Tartu_pedagoogiumi_aruanded, lk 75
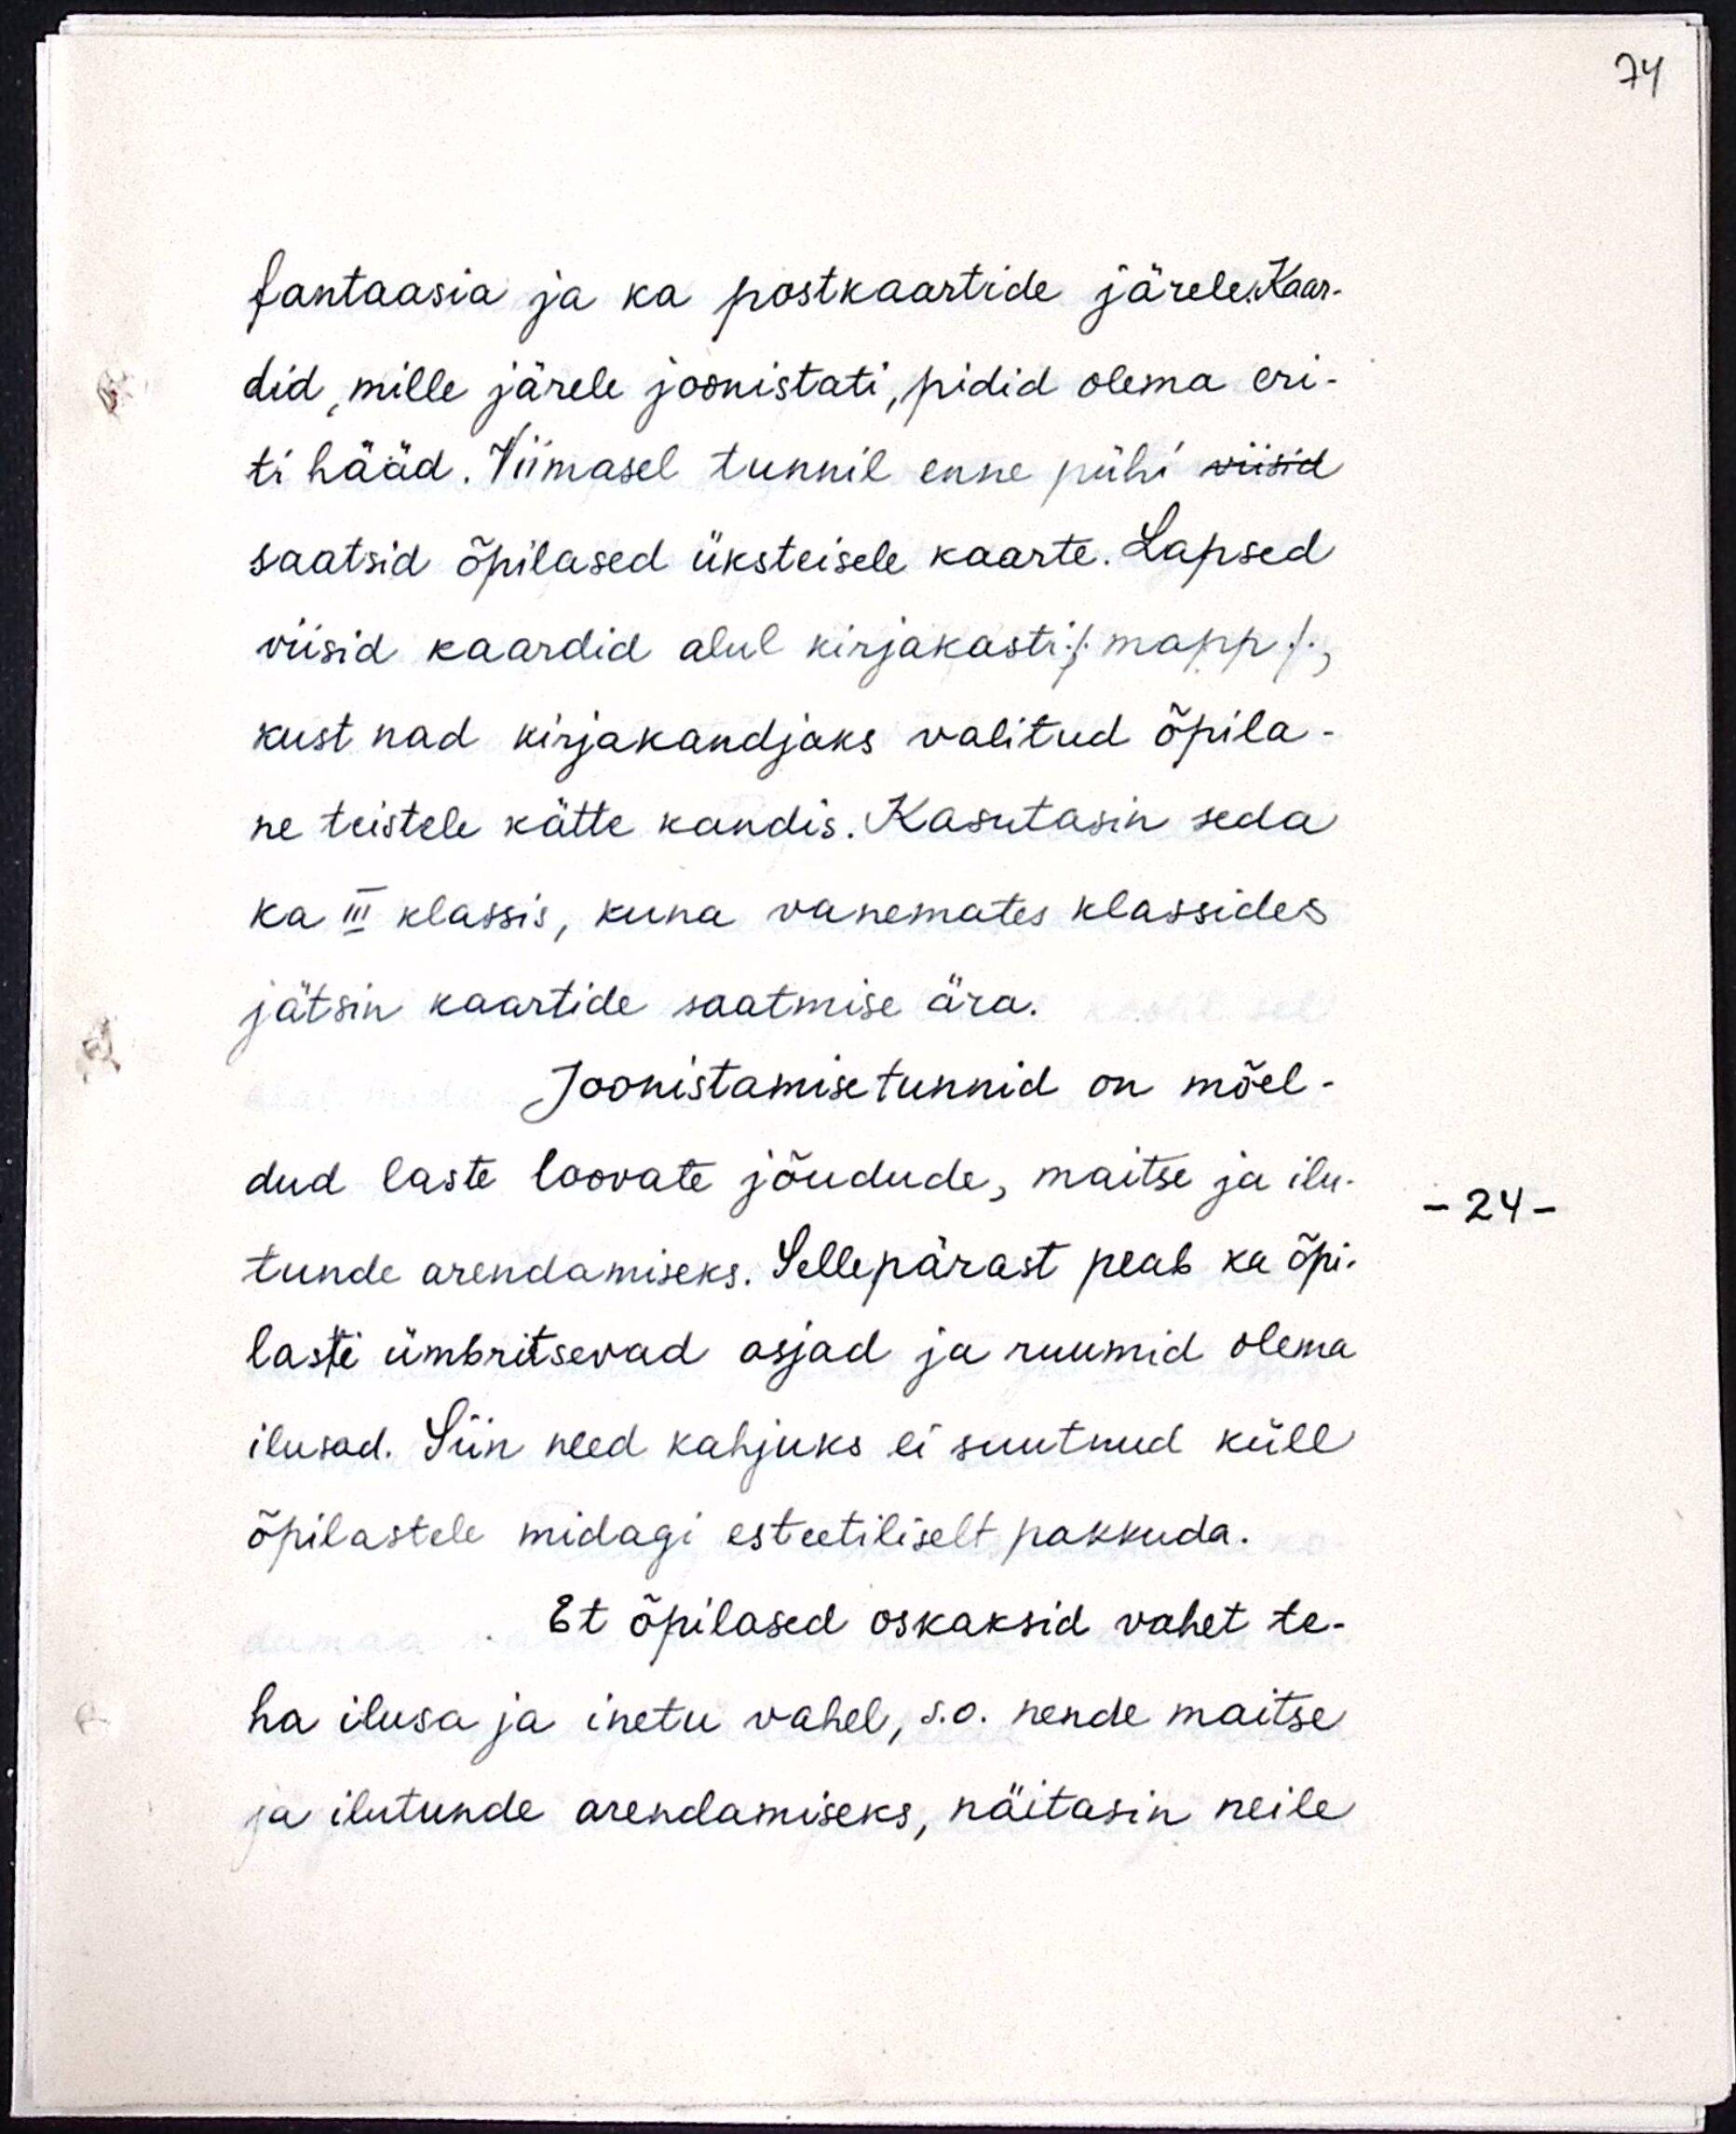
fantaasia ja ka postkaartide järele. Kaar-
did, mille järele joonistati, pidid olema eri-
ti hääd. Viimasel tunnil enne pühi viisid
saatsid õpilased üksteisele kaarte. Lapsed
viisid kaardid alul kirjakasti /mapp/,
kust nad kirjakandjaks valitud õpila-
ne teistele kätte kandis. Kasutasin seda
ka III klassis, kuna vanemates klassides
jätsin kaartide saatmise ära.
Joonistamisetunnid on mõel-
dud laste loovate jõudude, maitse ja ilu-
tunde arendamiseks. Sellepärast peab ka õpi-
lasti ümbritsevad asjad ja ruumid olema
ilusad. Siin need kahjuks ei suutnud küll
õpilastele midagi esteetiliselt pakkuda.
Et õpilased oskaksid vahet te-
ha ilusa ja inetu vahel, s.o. nende maitse
ja ilutunde arendamiseks, näitasin neile